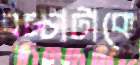
বচ্চাটাকে